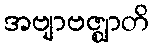
အဗျာဗဇ္ဈာတိ